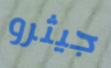
جيثرو